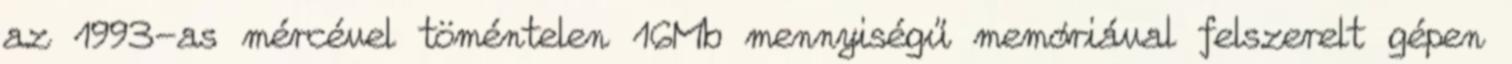
az 1993-as mércével töméntelen 16Mb mennyiségű memóriával felszerelt gépen